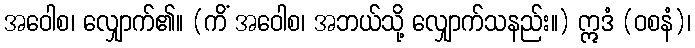
အဝေါစ၊ လျှောက်၏။ (ကိံ အဝေါစ၊ အဘယ်သို့ လျှောက်သနည်း။) ဣဒံ (ဝစနံ)၊